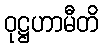
ဝုဋ္ဌဟာမီတိ